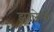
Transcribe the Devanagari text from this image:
झटलेल्या